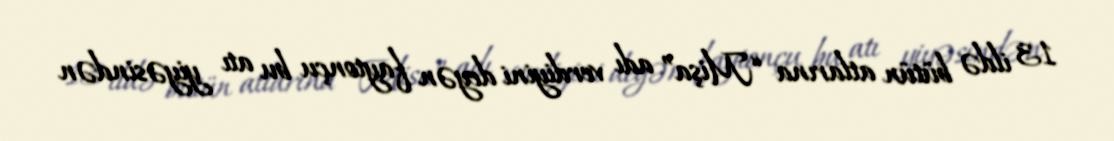
13 ildə bütün atlarına “Mişa” adı verdiyini deyən faytonçu bu atı yiyəsindən